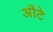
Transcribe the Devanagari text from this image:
औटे